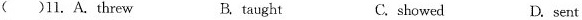
( )11. A. threw B. taught C.showed D. sent